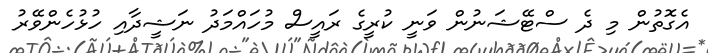
އެގޮތުން މި ދެ ސްޓޭޝަނުން ވަނީ ކުރީގެ ރައީސް މުހައްމަދު ނަޝީދާއި ހުޅުހެންވޭރު